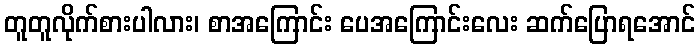
တူတူလိုက်စားပါလား၊ စာအကြောင်း ပေအကြောင်းလေး ဆက်ပြောရအောင်